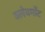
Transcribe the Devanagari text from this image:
क्लेयर्मोंट